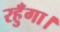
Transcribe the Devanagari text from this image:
रहुँगा।